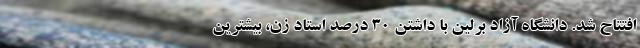
افتتاح شد. دانشگاه آزاد برلین با داشتن ۳۰ درصد استادِ زن، بیشترین